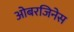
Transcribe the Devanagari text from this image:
ओबरजिनेस